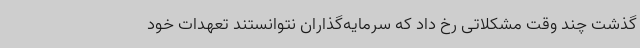
گذشت چند وقت مشکلاتی رخ داد که سرمایه‌گذاران نتوانستند تعهدات خود